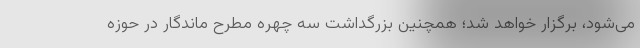
می‌شود، برگزار خواهد شد؛ همچنین بزرگداشت سه چهره مطرح ماندگار در حوزه